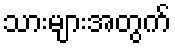
သားများအတွက်